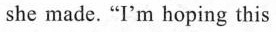
she made."I'm hoping this